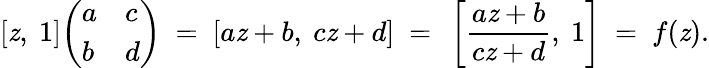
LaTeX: [\mathit{z},\ 1]{\left(\begin{array}{ll}{a}&{c}\\ {b}&{d}\end{array}\right)}\ =\ [a\mathit{z}+b,\ c\mathit{z}+d]\ =\ \left[{\frac{{a\mathit{z}+b}}{{c\mathit{z}+d}}},\ 1\right]\ =\ f(\mathit{z}).